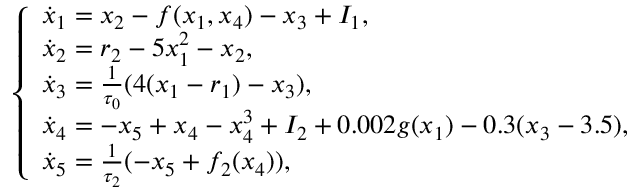
\left\{ \begin{array} { l l } { \dot { x } _ { 1 } = x _ { 2 } - f ( x _ { 1 } , x _ { 4 } ) - x _ { 3 } + I _ { 1 } , } \\ { \dot { x } _ { 2 } = r _ { 2 } - 5 x _ { 1 } ^ { 2 } - x _ { 2 } , } \\ { \dot { x } _ { 3 } = \frac { 1 } { \tau _ { 0 } } ( 4 ( x _ { 1 } - r _ { 1 } ) - x _ { 3 } ) , } \\ { \dot { x } _ { 4 } = - x _ { 5 } + x _ { 4 } - x _ { 4 } ^ { 3 } + I _ { 2 } + 0 . 0 0 2 g ( x _ { 1 } ) - 0 . 3 ( x _ { 3 } - 3 . 5 ) , } \\ { \dot { x } _ { 5 } = \frac { 1 } { \tau _ { 2 } } ( - x _ { 5 } + f _ { 2 } ( x _ { 4 } ) ) , } \end{array} \right.